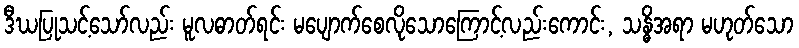
ဒီဃပြုသင့်သော်လည်း မူလဓာတ်ရင်း မပျောက်စေလိုသောကြောင့်လည်းကောင်း, သန္ဓိအရာ မဟုတ်သော